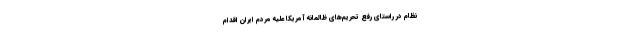
نظام در راستای رفع تحریم‌های ظالمانه آمریکا علیه مردم ایران اقدام